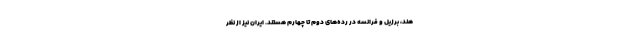
هند، برزیل و فرانسه در رده‌های دوم تا چهارم هستند. ایران نیز از نظر